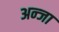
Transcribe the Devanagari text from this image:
अन्जा